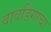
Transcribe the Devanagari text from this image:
वावडिंगाचा